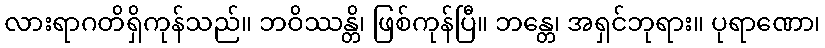
လားရာဂတိရှိကုန်သည်။ ဘဝိဿန္တိ၊ ဖြစ်ကုန်ပြီ။ ဘန္တေ၊ အရှင်ဘုရား။ ပုရာဏော၊